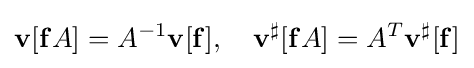
\mathbf {v} [\mathbf {f} A]=A^{-1}\mathbf {v} [\mathbf {f} ],\quad \mathbf {v} ^{\sharp }[\mathbf {f} A]=A^{T}\mathbf {v} ^{\sharp }[\mathbf {f} ]